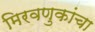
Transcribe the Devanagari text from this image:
मिरवणुकांचा